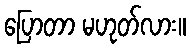
ပြောတာ မဟုတ်လား။